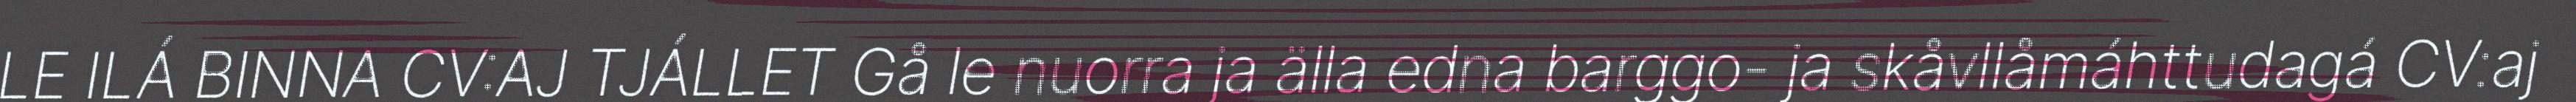
LE ILÁ BINNA CV:AJ TJÁLLET Gå le nuorra ja älla edna barggo- ja skåvllåmáhttudagá CV:aj